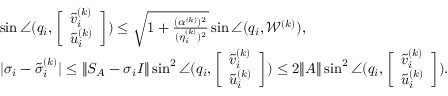
\begin{array} { r l } & { \sin \angle ( q _ { i } , \biggl [ \begin{array} { l } { \tilde { v } _ { i } ^ { ( k ) } } \\ { \tilde { u } _ { i } ^ { ( k ) } } \end{array} \biggr ] ) \leq \sqrt { 1 + \frac { ( \alpha ^ { ( k ) } ) ^ { 2 } } { ( \eta _ { i } ^ { ( k ) } ) ^ { 2 } } } \sin \angle ( q _ { i } , \mathcal { W } ^ { ( k ) } ) , } \\ & { | \sigma _ { i } - \tilde { \sigma } _ { i } ^ { ( k ) } | \leq \| S _ { A } - \sigma _ { i } I \| \sin ^ { 2 } \angle ( q _ { i } , \biggl [ \begin{array} { l } { \tilde { v } _ { i } ^ { ( k ) } } \\ { \tilde { u } _ { i } ^ { ( k ) } } \end{array} \biggr ] ) \leq 2 \| A \| \sin ^ { 2 } \angle ( q _ { i } , \biggl [ \begin{array} { l } { \tilde { v } _ { i } ^ { ( k ) } } \\ { \tilde { u } _ { i } ^ { ( k ) } } \end{array} \biggr ] ) . } \end{array}